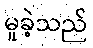
မူခဲ့သည်